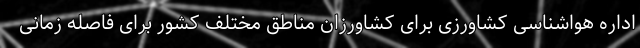
اداره هواشناسی کشاورزی برای کشاورزان مناطق مختلف کشور برای فاصله زمانی